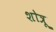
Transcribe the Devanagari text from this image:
शोत्रू